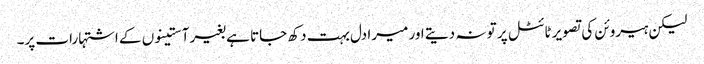
لیکن ہیروئن کی تصویر ٹائٹل پر تو نہ دیتے اور میرا دل بہت دکھ جاتا ہے بغیر آستینوں کے اشتہارات پر۔